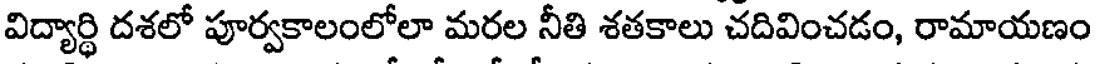
విద్యార్థి దశలో పూర్వకాలంలోలా మరల నీతి శతకాలు చదివించడం, రామాయణం